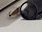
نعم